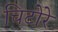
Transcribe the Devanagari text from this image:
चिटोरे